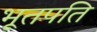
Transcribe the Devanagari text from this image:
भूतपति